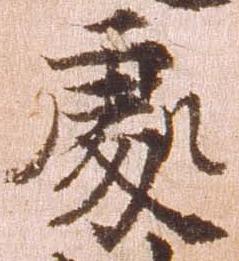
処